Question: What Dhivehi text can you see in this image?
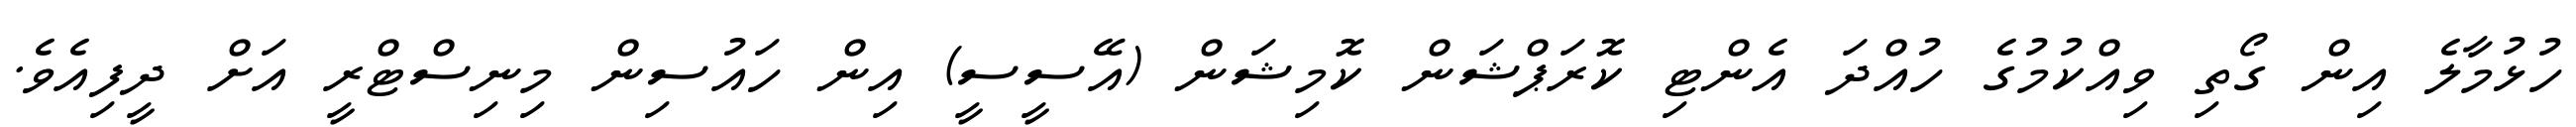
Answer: ހުޅުމާލެ އިން ގޯތި ވިއްކުމުގެ ހުއްދަ އެންޓި ކޮރަޕްޝަން ކޮމިޝަން (އޭސީސީ) އިން ހައުސިން މިނިސްޓްރީ އަށް ދީފިއެވެ.